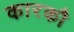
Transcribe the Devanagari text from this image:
कारकौ